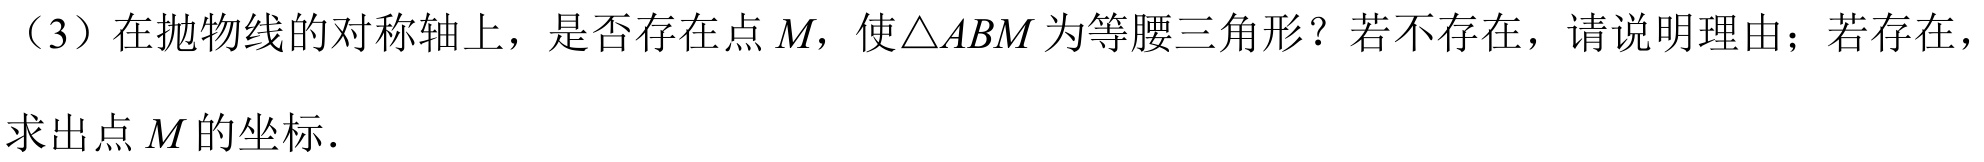
（3）在抛物线的对称轴上，是否存在点\(M\)，使\(\triangle ABM\)为等腰三角形？若不存在，请说明理由；若存在，求出点\(M\)的坐标．